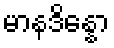
မာနဒိန္နော